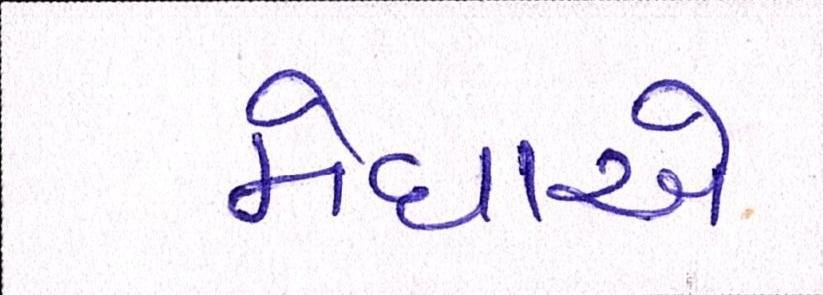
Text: મેઘાએ